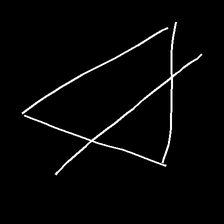
Glyph: empower